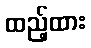
ထည့်ထား